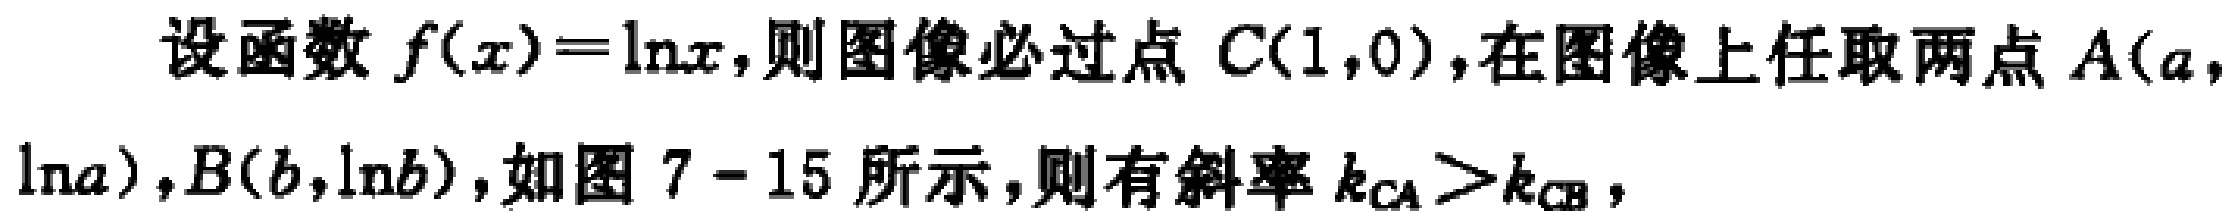
设函数$f(x)=\ln x$,则图像必过点$C(1,0)$,在图像上任取两点$A(a,\ln a),B(b,\ln b)$,如图$7 - 15$所示,则有斜率$k_{CA}>k_{CB}$,